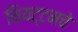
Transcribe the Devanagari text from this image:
थियट्टमचे